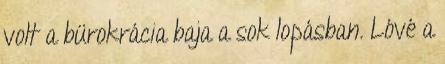
volt a bürokrácia baja a sok lopásban. Lóvé a